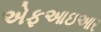
એફઆઇઆર